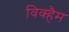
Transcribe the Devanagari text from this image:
विक्हैम